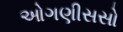
ઓગણીસસો